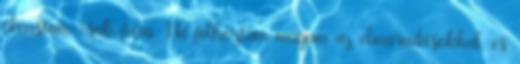
olvastam, csak fura. Na felhoztam magam az elmaradásokkal, és